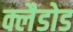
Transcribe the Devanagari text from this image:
क्लैडोड